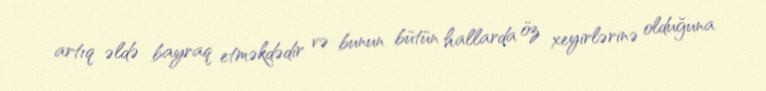
artıq əldə bayraq etməkdədir və bunun bütün hallarda öz xeyirlərinə olduğuna